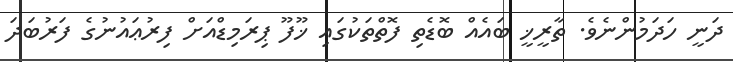
ދަނީ ހަދަމުންނެވެ. ތާރީޚީ ބައެއް ބޮޑެތި ފޮތްތަކުގައި ޚޫފޫ ޕިރަމިޑްއަށް ފިރުޢައުނުގެ ފަރުބަދަ